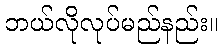
ဘယ်လိုလုပ်မည်နည်း။